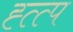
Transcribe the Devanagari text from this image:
ह्त्त्प